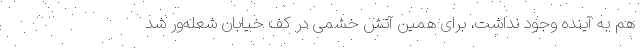
هم به آینده وجود نداشت، برای همین آتش خشمی در کف خیابان شعله‌ور شد